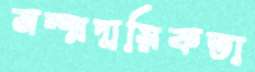
সম্প্রদায়িকতা